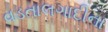
વડતાલગાદીના